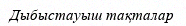
Дыбыстауыш тақталар